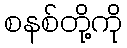
စနစ်တို့ကို